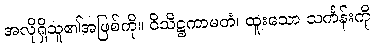
အလိုရှိသူ၏အဖြစ်ကို။ ဝိသိဋ္ဌကာမတံ၊ ထူးသော သင်္ကန်းကို